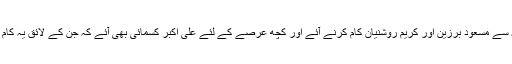
اسی وجہ سے مسعود برزین اور کریم روشنیان کام کرنے آئے اور کچھ عرصے کے لئے علی اکبر کسمائی بھی آئے کہ جن کے لائق یہ کام نہیں تھا۔